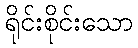
ရိုင်းစိုင်းသော